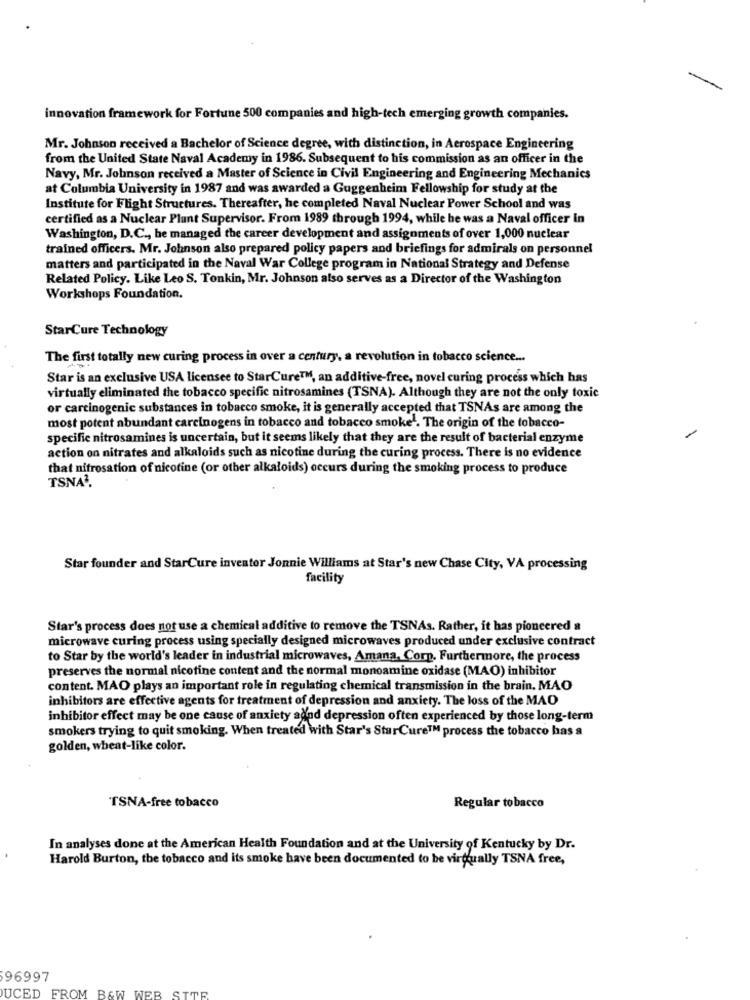
innovation framework for Fortune 500 companies and high-tech emerging growth companies.
Mr. Johnson received a Bachelor of Science degree, with distinction, in Aerospace Engineering
from the United State Naval Academy in 1986. Subsequent to his commission as an officer in the
Navy, Mr. Johnson received a Master of Science in Civil Engineering and Engineering Mechanics
at Columbia University in 1987 and was awarded a Guggenheim Fellowship for study at the
Institute for Flight Structures. Thereafter, he completed Naval Nuclear Power School and was
certified as a Nuclear Plant Supervisor. From 1989 through 1994, while he was a Naval officer in
Washington, D.C ., he managed the career development and assignments of over 1,000 nuclear
trained officers. Mr. Johnson also prepared policy papers and briefings for admirals on personnel
matters and participated in the Naval War College program in National Strategy and Defense
Related Policy. Like Leo S. Tonkin, Mr. Johnson also serves as a Director of the Washington
Workshops Foundation.
StarCure Technology
The first totally new curing process in over a century, a revolution in tobacco science ...
Star is an exclusive USA licensee to StarCure™M, an additive-free, novel curing process which has
virtually eliminated the tobacco specific nitrosamines (TSNA). Although they are not the only toxic
or carcinogenic substances in tobacco smoke, it is generally accepted that TSNAs are among the
most potent abundant carcinogens in tobacco and tobacco smoke . The origin of the tobacco-
specific nitrosamines is uncertain, but it seems likely that they are the result of bacterial enzyme
action on nitrates and alkaloids such as nicotine during the curing process. There is no evidence
that nitrosation of nicotine (or other alkaloids) occurs during the smoking process to produce
TSNA1.
Star founder and StarCure inventor Jonnie Williams at Star's new Chase City, VA processing
facility
Star's process does not use a chemical additive to remove the TSNAs. Rather, it has pioneered a
microwave curing process using specially designed microwaves produced under exclusive contract
to Star by the world's leader in industrial microwaves, Amana, Corp. Furthermore, the process
preserves the normal nicotine content and the normal monoamine oxidase (MAO) inhibitor
content. MAO plays an important role in regulating chemical transmission in the brain. MAO
inhibitors are effective agents for treatment of depression and anxiety. The loss of the MAO
inhibitor effect may be one cause of anxiety adnd depression often experienced by those long-term
smokers trying to quit smoking. When treated with Star's SturCure™ process the tobacco has a
golden, wheat-like color.
TSNA-free tobacco
Regular tobacco
In analyses done at the American Health Foundation and at the University of Kentucky by Dr.
Harold Burton, the tobacco and its smoke have been documented to be virtually TSNA free,
96997
UCED FROM B&W WEB SITE